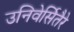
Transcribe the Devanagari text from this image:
उनिवेर्सितैरे